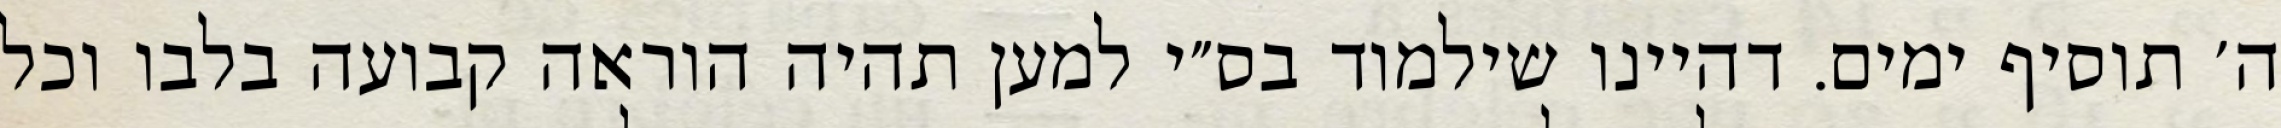
ה׳ תוסיף ימים. דהיינו שילמוד בס״י למען תהיה הוראה קבועה בלבו וכל